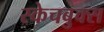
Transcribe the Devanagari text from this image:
स्केचबुक्स